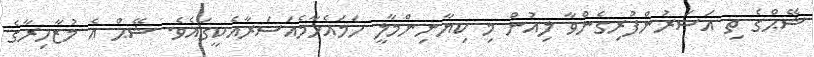
ޝޭޙްގެ ތި އަސަރުންފުރިގެންވާ ލިއުން މި ކިޔާނިންމާލީ ހަމައެހާމެއަސަރާއެކީގައެވެ. ޝޭޙް އެ މުޒާހިރާގެ